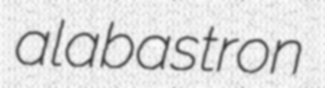
alabastron